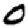
Digit: 0